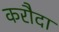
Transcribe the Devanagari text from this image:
करौदा